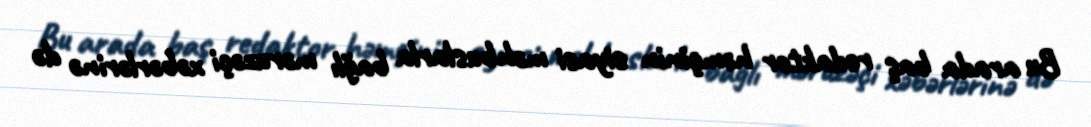
Bu arada baş redaktor həmçinin siyasi məhbuslarla bağlı məruzəçi xəbərlərinə də